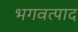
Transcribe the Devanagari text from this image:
भगवत्पाद